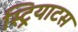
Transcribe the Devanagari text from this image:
स्ट्रियाटस